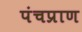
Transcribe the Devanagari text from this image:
पंचप्राण